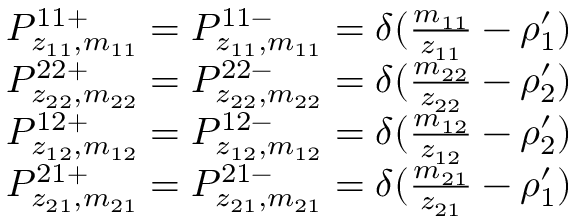
\begin{array} { r l } & { P _ { z _ { 1 1 } , m _ { 1 1 } } ^ { 1 1 + } = P _ { z _ { 1 1 } , m _ { 1 1 } } ^ { 1 1 - } = \delta ( \frac { m _ { 1 1 } } { z _ { 1 1 } } - \rho _ { 1 } ^ { \prime } ) } \\ & { P _ { z _ { 2 2 } , m _ { 2 2 } } ^ { 2 2 + } = P _ { z _ { 2 2 } , m _ { 2 2 } } ^ { 2 2 - } = \delta ( \frac { m _ { 2 2 } } { z _ { 2 2 } } - \rho _ { 2 } ^ { \prime } ) } \\ & { P _ { z _ { 1 2 } , m _ { 1 2 } } ^ { 1 2 + } = P _ { z _ { 1 2 } , m _ { 1 2 } } ^ { 1 2 - } = \delta ( \frac { m _ { 1 2 } } { z _ { 1 2 } } - \rho _ { 2 } ^ { \prime } ) } \\ & { P _ { z _ { 2 1 } , m _ { 2 1 } } ^ { 2 1 + } = P _ { z _ { 2 1 } , m _ { 2 1 } } ^ { 2 1 - } = \delta ( \frac { m _ { 2 1 } } { z _ { 2 1 } } - \rho _ { 1 } ^ { \prime } ) } \end{array}